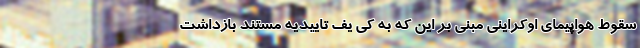
سقوط هواپیمای اوکراینی مبنی بر این که به کی یف تاییدیه مستند بازداشت